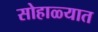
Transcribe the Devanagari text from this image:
सोहाळ्यात